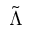
\tilde { \Lambda }